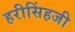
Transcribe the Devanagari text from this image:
हरीसिंहजी